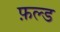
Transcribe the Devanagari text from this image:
फ़ल्ड